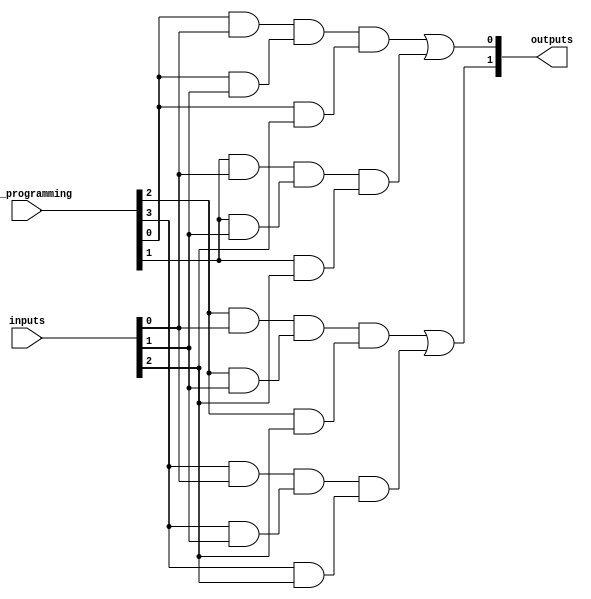
module GPAL #(
    parameter NUM_INPUTS = 3,   // Number of input signals (e.g., A, B, C)
    parameter NUM_AND_GATES = 4, // Number of AND gates
    parameter NUM_OR_GATES = 2   // Number of OR gates
)(
    input  wire [NUM_INPUTS-1:0] inputs, // Input signals
    input  wire [NUM_AND_GATES-1:0] and_programming, // Programming signals for AND gates
    output wire [NUM_OR_GATES-1:0] outputs // Output signals
);

// Internal wires for AND gate outputs
wire [NUM_AND_GATES-1:0] and_outputs;

// Programmable AND array
genvar i, j;
generate
    for (i = 0; i < NUM_AND_GATES; i = i + 1) begin : and_gate
        // Each AND gate takes inputs based on the programming signals
        assign and_outputs[i] = (and_programming[i] & inputs[0]) & 
                                 (and_programming[i] & inputs[1]) & 
                                 (and_programming[i] & inputs[2]);
    end
endgenerate

// Fixed OR array
assign outputs[0] = and_outputs[0] | and_outputs[1]; // OR gate 1
assign outputs[1] = and_outputs[2] | and_outputs[3]; // OR gate 2

endmodule